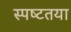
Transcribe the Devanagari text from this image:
स्‍पष्‍टतया